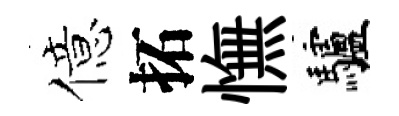
億拓憮驢